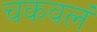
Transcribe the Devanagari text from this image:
चकवलं